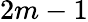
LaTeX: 2m-1